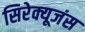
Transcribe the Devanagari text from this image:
सिरेक्यूजंस